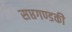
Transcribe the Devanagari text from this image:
सप्तगण्डकी